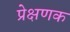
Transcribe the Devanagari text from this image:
प्रेक्षणक